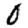
Digit: 0